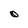
Character: O